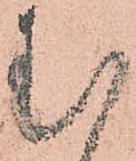
む